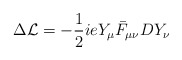
\begin{align*}\Delta{\cal L} = -{1\over 2}ieY_{\mu}\bar F_{\mu\nu}DY_{\nu}\\\end{align*}